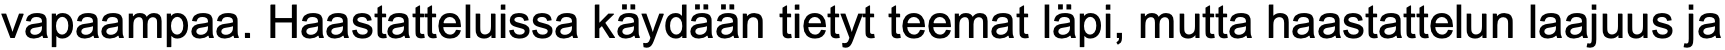
vapaampaa. Haastatteluissa käydään tietyt teemat läpi, mutta haastattelun laajuus ja